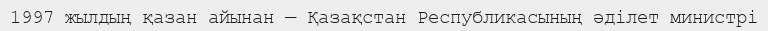
1997 жылдың қазан айынан — Қазақстан Республикасының әділет министрі